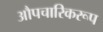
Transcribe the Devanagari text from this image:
औपचारिकरूप